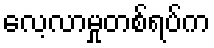
လေ့လာမှုတစ်ရပ်က